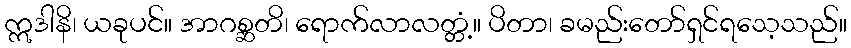
ဣဒါနိ၊ ယခုပင်။ အာဂစ္ဆတိ၊ ရောက်လာလတ္တံ့။ ပိတာ၊ ခမည်းတော်ရှင်ရသေ့သည်။